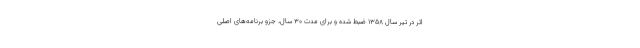
اثر در تیر سال ۱۳۵۸ ضبط شده و برای مدت ۳۰ سال، جزو برنامه‌های اصلی